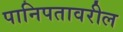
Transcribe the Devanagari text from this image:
पानिपतावरील